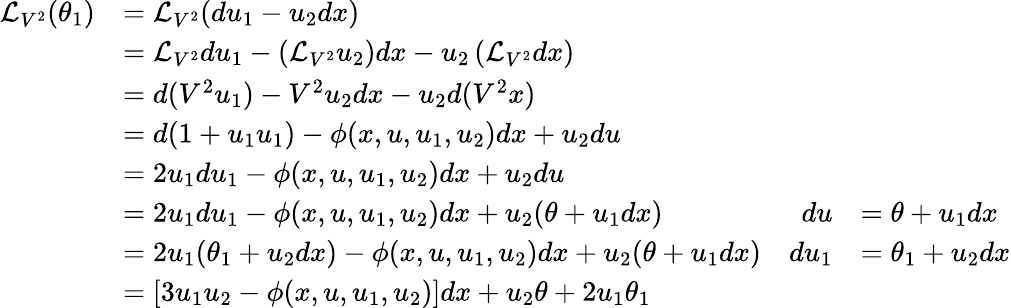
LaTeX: {\begin{array}{rlrl}{{\mathcal{L}}_{V^{2}}(\theta_{1})}&{={\mathcal{L}}_{V^{2}}(du_{1}-u_{2}dx)}\\ &{={\mathcal{L}}_{V^{2}}du_{1}-\left({\mathcal{L}}_{V^{2}}u_{2}\right)dx-u_{2}\left({\mathcal{L}}_{V^{2}}dx\right)}\\ &{=d(V^{2}u_{1})-V^{2}u_{2}dx-u_{2}d(V^{2}x)}\\ &{=d(1+u_{1}u_{1})-\phi(x,u,u_{1},u_{2})dx+u_{2}du}\\ &{=2u_{1}du_{1}-\phi(x,u,u_{1},u_{2})dx+u_{2}du}\\ &{=2u_{1}du_{1}-\phi(x,u,u_{1},u_{2})dx+u_{2}(\theta+u_{1}dx)}&{du}&{=\theta+u_{1}dx}\\ &{=2u_{1}(\theta_{1}+u_{2}dx)-\phi(x,u,u_{1},u_{2})dx+u_{2}(\theta+u_{1}dx)}&{du_{1}}&{=\theta_{1}+u_{2}dx}\\ &{=[3u_{1}u_{2}-\phi(x,u,u_{1},u_{2})]dx+u_{2}\theta+2u_{1}\theta_{1}}\end{array}}